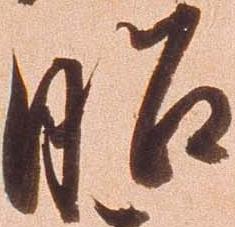
昭